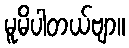
မူမိပါတယ်ဗျာ။